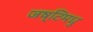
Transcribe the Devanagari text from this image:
जष्टिमधु